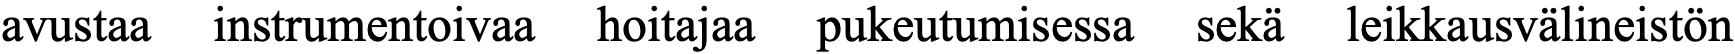
avustaa instrumentoivaa hoitajaa pukeutumisessa sekä leikkausvälineistön